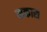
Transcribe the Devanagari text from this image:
मकास